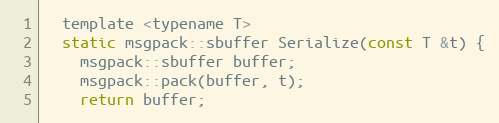
Language: C
  template <typename T>
  static msgpack::sbuffer Serialize(const T &t) {
    msgpack::sbuffer buffer;
    msgpack::pack(buffer, t);
    return buffer;